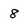
Character: 8